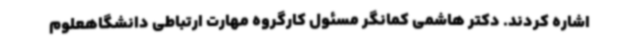
اشاره کردند. دکتر هاشمی کمانگر مسئول کارگروه مهارت ارتباطی دانشگاهعلوم